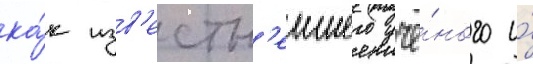
ка́к изв'естн'еишего учё́ного и́